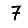
Digit: 7